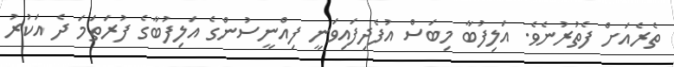
ތެރެއަށް ފެތުރުނެވެ. އަލިފުބާ މިބަސް އުފެދިފައިވަނީ ފިއްނީސުންގެ އަލިފުބާގެ ފުރަތަމަ ދެ އަކުރު